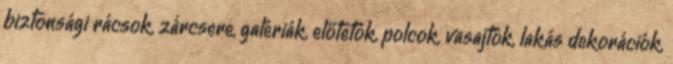
biztonsági rácsok, zárcsere, galériák, előtetõk, polcok, vasajtók, lakás dekorációk,